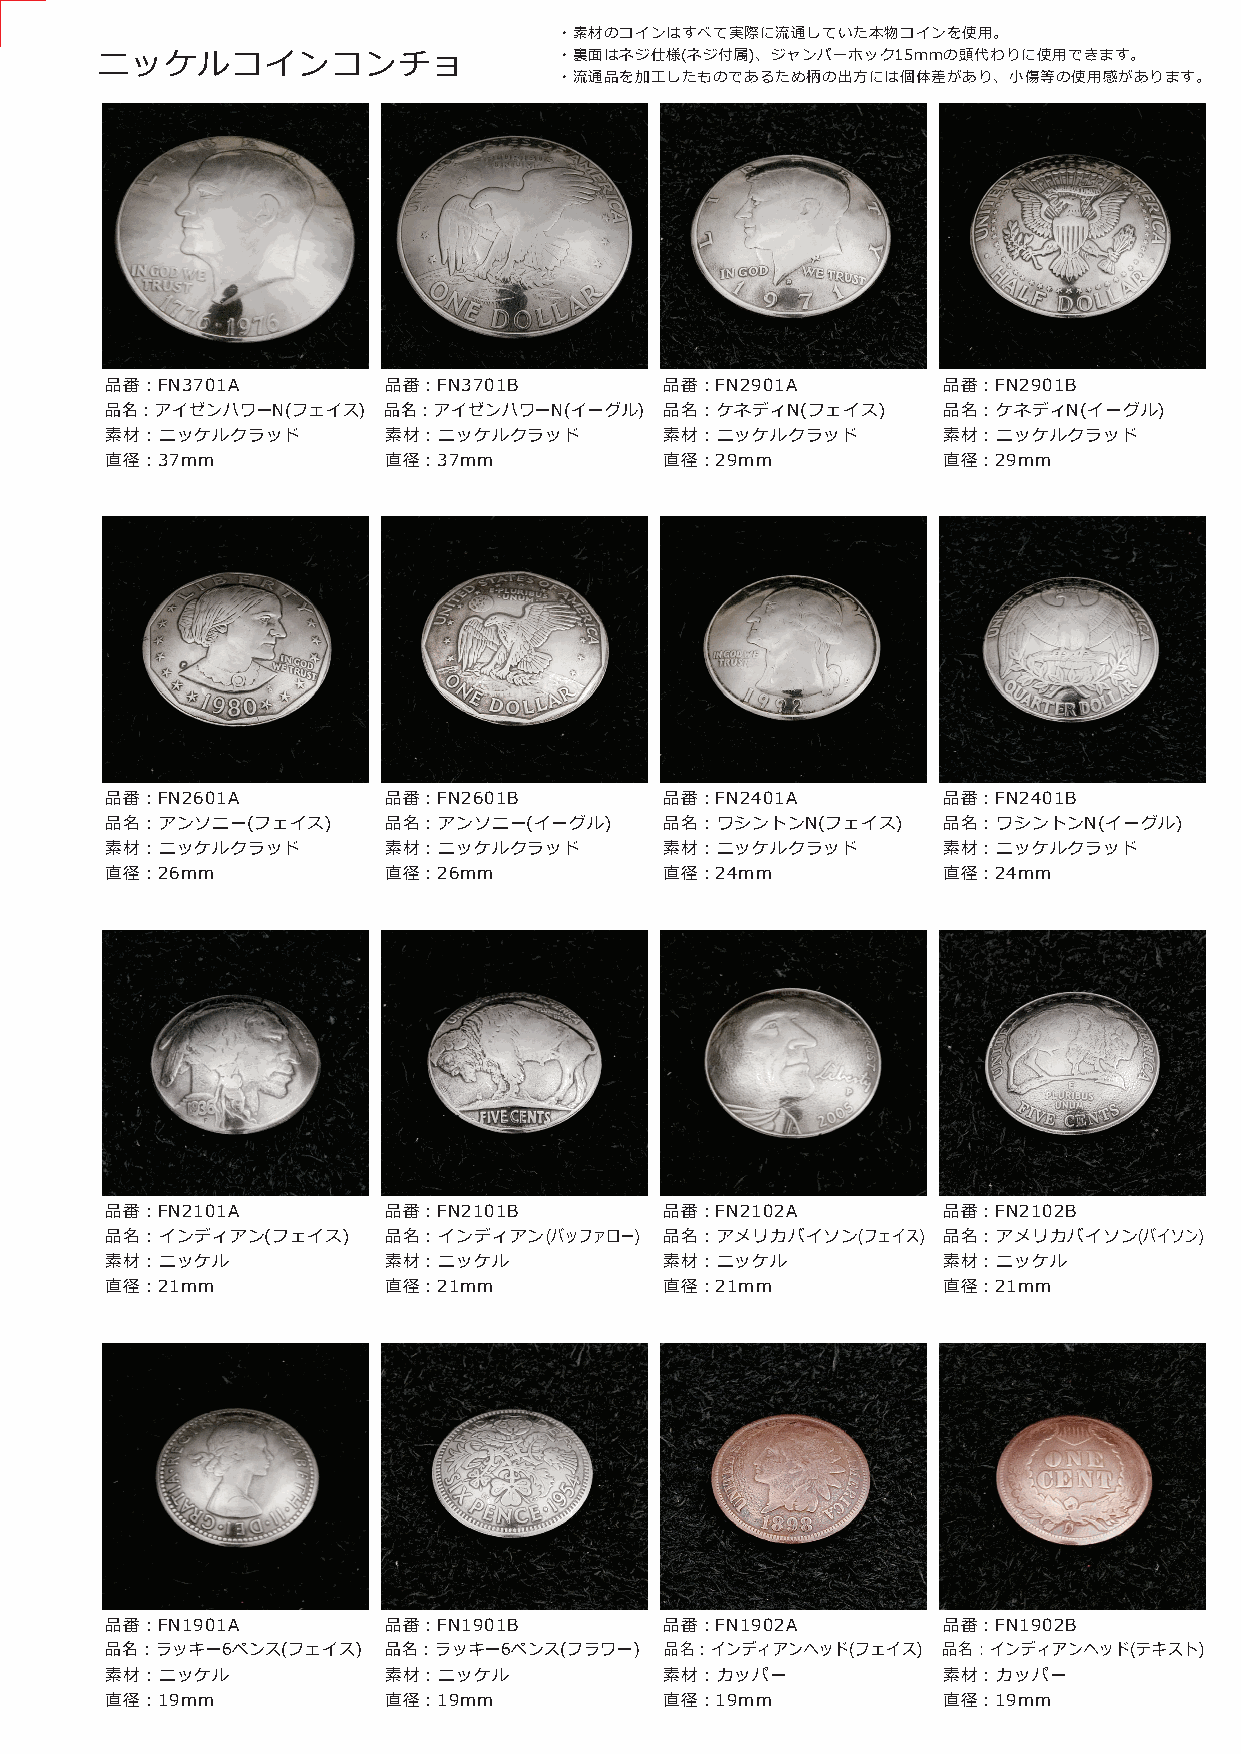
・素材のコインはすべて実際に流通していた本物コインを使用。
 ニッケルコインコンチョ                    ・裏面はネジ仕様(ネジ付属)、ジャンパーホック15mmの頭代わりに使用できます。
 ・流通品を加工したものであるため柄の出方には個体差があり、小傷等の使用感があります。
 品番：FN3701A        品番：FN3701B         品番：FN2901A        品番：FN2901B
 品名：アイゼンハワーN(フェイス) 品名：アイゼンハワーN(イーグル)  品名：ケネディN(フェイス)    品名：ケネディN(イーグル)
 素材：ニッケルクラッド       素材：ニッケルクラッド        素材：ニッケルクラッド       素材：ニッケルクラッド
 直径：37mm           直径：37mm            直径：29mm           直径：29mm
 品番：FN2601A        品番：FN2601B         品番：FN2401A        品番：FN2401B
 品名：アンソニー(フェイス)    品名：アンソニー(イーグル)     品名：ワシントンN(フェイス)   品名：ワシントンN(イーグル)
 素材：ニッケルクラッド       素材：ニッケルクラッド        素材：ニッケルクラッド       素材：ニッケルクラッド
 直径：26mm           直径：26mm            直径：24mm           直径：24mm
 品番：FN2101A        品番：FN2101B         品番：FN2102A        品番：FN2102B
 品名：インディアン(フェイス)   品名：インディアン(バッファロー)  品名：アメリカバイソン(フェイス) 品名：アメリカバイソン(バイソン)
 素材：ニッケル           素材：ニッケル            素材：ニッケル           素材：ニッケル
 直径：21mm           直径：21mm            直径：21mm           直径：21mm
 品番：FN1901A        品番：FN1901B         品番：FN1902A        品番：FN1902B
 品名：ラッキー6ペンス(フェイス) 品名：ラッキー6ペンス(フラワー)  品名：インディアンヘッド(フェイス) 品名：インディアンヘッド(テキスト)
 素材：ニッケル           素材：ニッケル            素材：カッパー           素材：カッパー
 直径：19mm           直径：19mm            直径：19mm           直径：19mm